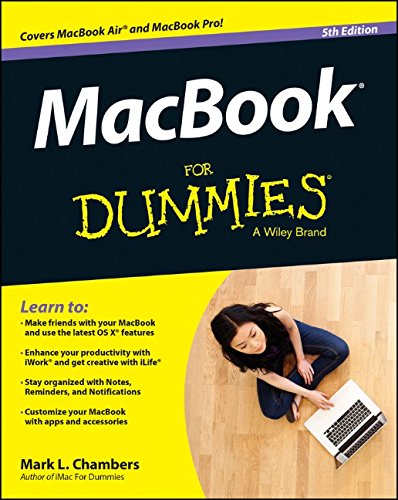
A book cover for MacBook For Dummies; Mark L. Chambers; Computers & Technology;